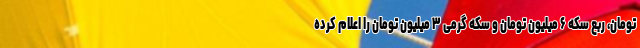
تومان، ربع سکه ۶ میلیون تومان و سکه گرمی ۳ میلیون تومان را اعلام کرده